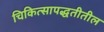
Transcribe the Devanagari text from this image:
चिकित्सापद्धतीतील